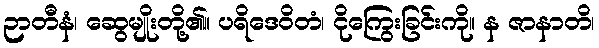
ဉာတီနံ၊ ဆွေမျိုးတို့၏။ ပရိဒေဝိတံ၊ ငိုကြွေးခြင်းကို။ န ဇာနာတိ၊